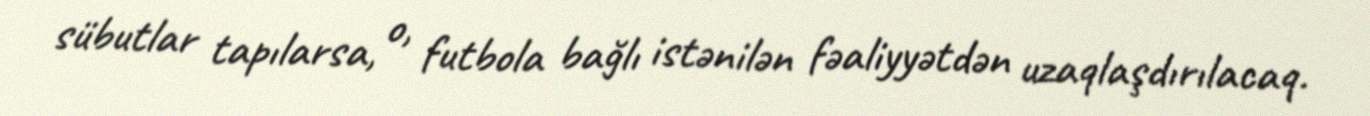
sübutlar tapılarsa, o, futbola bağlı istənilən fəaliyyətdən uzaqlaşdırılacaq.